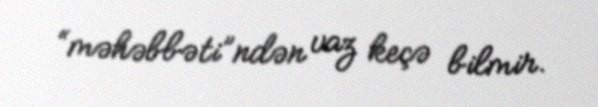
“məhəbbəti”ndən vaz keçə bilmir.